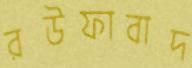
রউফাবাদ